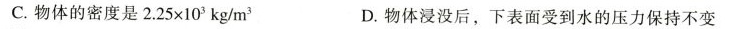
C. 物体的密度是$$2 . 2 5 \times 1 0^{3} k g / m^{3}$$ D.物体浸没后，下表面受到水的压力保持不变